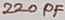
Text: 220PF